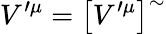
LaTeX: V^{\prime\mu}=\left[V^{\prime\mu}\right]^{\sim}